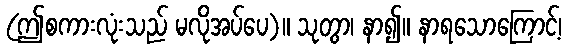
(ဤစကားလုံးသည် မလိုအပ်ပေ)။ သုတွာ၊ နာ၍။ နာရသောကြောင့်၊